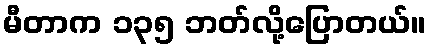
မီတာက ၁၃၅ ဘတ်လို့ပြောတယ်။